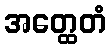
အတ္ထေတံ